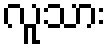
လူသား